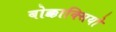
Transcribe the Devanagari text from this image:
बोक्काक्सियो